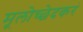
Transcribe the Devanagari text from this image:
मूलोच्छेदकरं